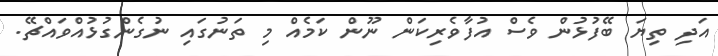
އަދި ތިޔަ ބޭފުޅުން ވެސް އުފާވެރިކަން ނޫން ކަމެއް މި ތަނުގައި ނުގެންގުޅުއްވައްޗޭ.